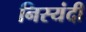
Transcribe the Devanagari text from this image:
निस्यंदी